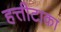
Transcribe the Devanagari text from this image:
हत्तीटाका